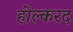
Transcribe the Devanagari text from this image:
होल्करद